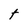
Character: t